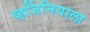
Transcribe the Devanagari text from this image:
व्हर्जिनियाला